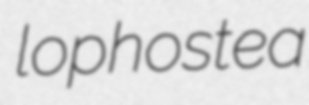
lophostea